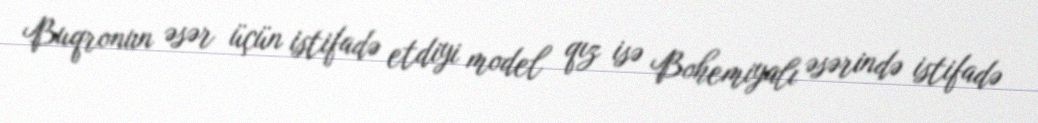
Buqronun əsər üçün istifadə etdiyi model qız isə Bohemiyalı əsərində istifadə